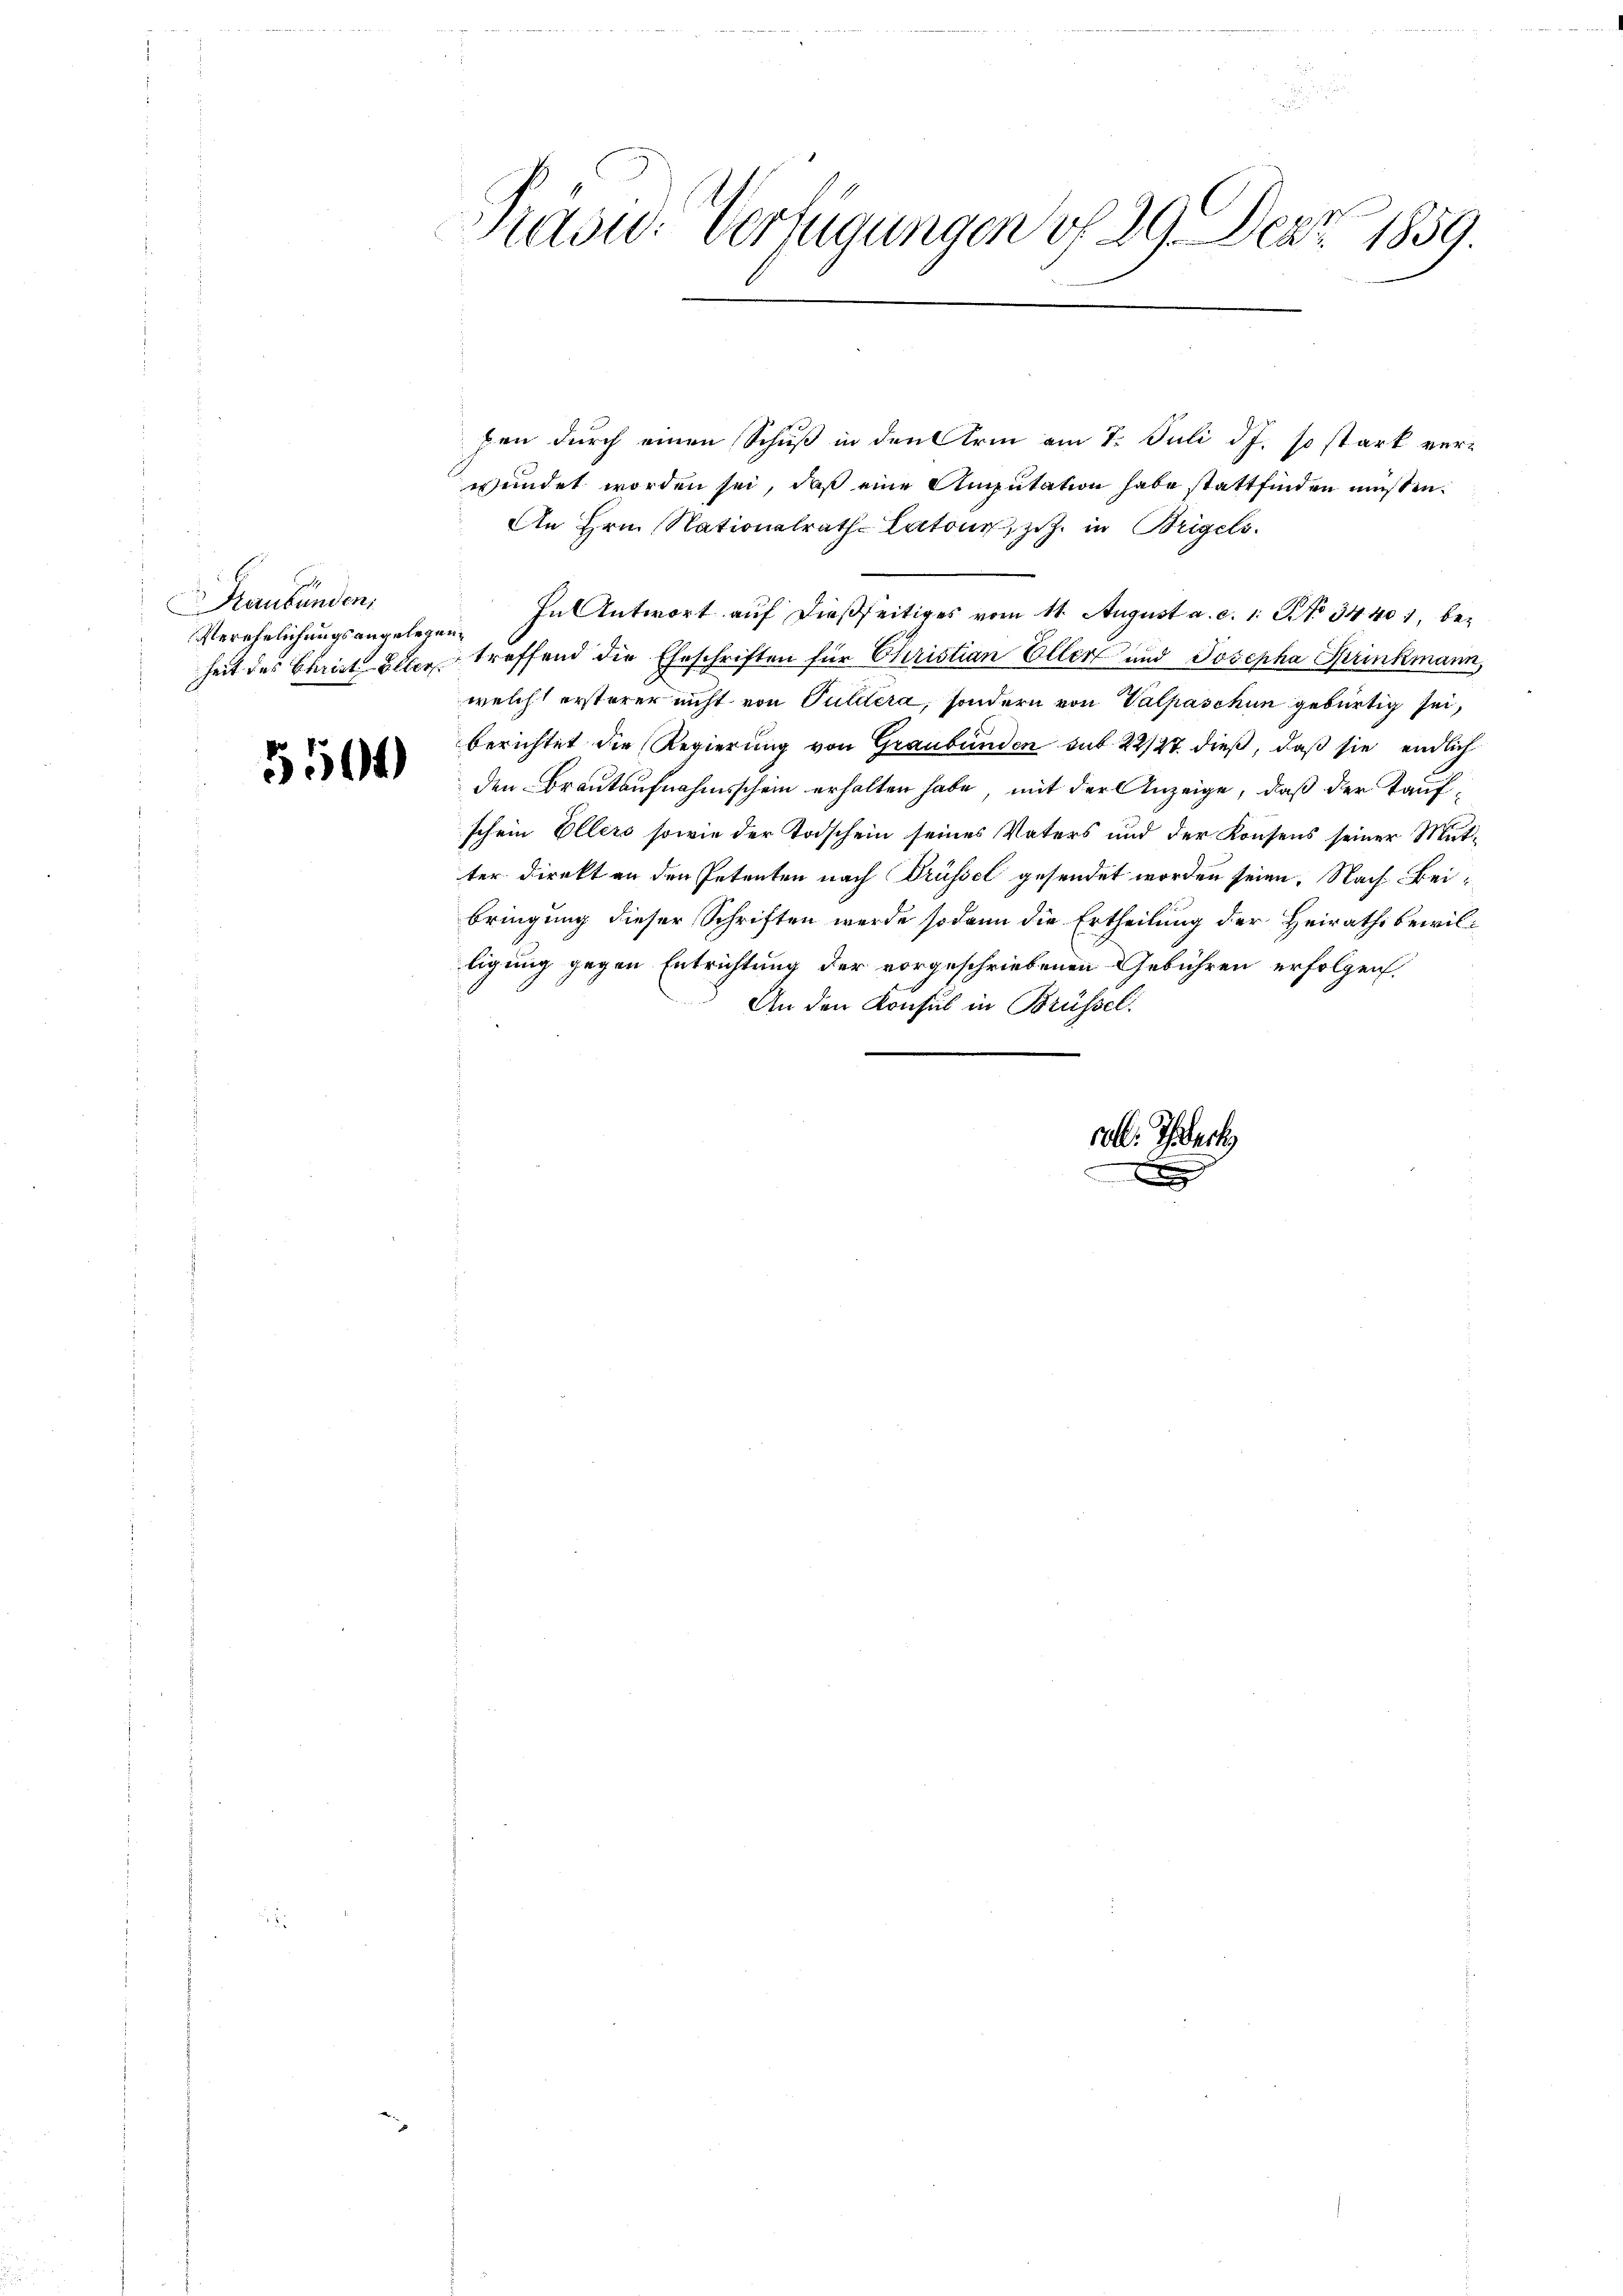
Graubünden,
Verehelichungsangelegen¬

5504

a
Grasw. Verfügungen u. 29. Der 1859.

ben durch einen Schuß in den Arm am 7. Juli d.J. so stark verwendet worden sei, daß eine Amputation habe stattfinden müssen.
An Hrn. Nationalrath Latone, z. Z. in Brigels
In Antwort auf dießseitiges vom 11. August a. c. 1. No 34401, beheit des Christ aller treffend die Eheschriften für Christian Eller und Josepha Strinkmann,
welch ersterer nicht von Puldera, sondern von Valpaschin gebürtig sei,
berichtet die Regierung von Graubünden sub 22/27. dieß, daß sie endlich
den Brautaufnahmsschein erhalten habe, mit der Anzeige, daß der Taufschein Ellers sowie der Todschein seines Vaters und der Konsens seiner Mutter direkt an den Petenten nach Brüssel gesendet worden seien. Nach Beibringung dieser Schriften werde sodann die Ertheilung der Heirathsbewilligung gegen Entrichtung der vorgeschriebenen Gebühren erfolgen.
An den Konsul in Brüssel.

rol. Tuch
.